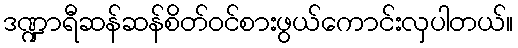
ဒဏ္ဍာရီဆန်ဆန်စိတ်ဝင်စားဖွယ်ကောင်းလှပါတယ်။